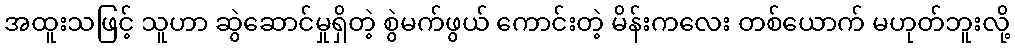
အထူးသဖြင့် သူဟာ ဆွဲဆောင်မှုရှိတဲ့ စွဲမက်ဖွယ် ကောင်းတဲ့ မိန်းကလေး တစ်ယောက် မဟုတ်ဘူးလို့